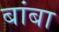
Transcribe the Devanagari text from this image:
बांबा